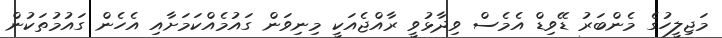
މަޖިލީހުގެ މެންބަރު ޑޭވިޑް އެމެސް ވިދާޅުވީ ރާއްޖެއަކީ މިނިވަން ގައުމެއްކަމަށާއި އެހެން ގައުމުތަކުން